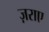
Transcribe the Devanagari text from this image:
ज़राए